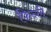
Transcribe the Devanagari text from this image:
फिन्ले